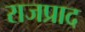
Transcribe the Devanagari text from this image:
राजप्राद